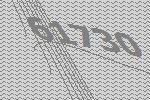
61730